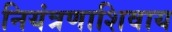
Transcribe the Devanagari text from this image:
नियंत्रणाशिवाय